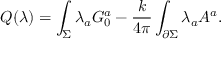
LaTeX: Q ( \lambda ) = \int _ { \Sigma } \lambda _ { a } G _ { 0 } ^ { a } - { \frac { k } { 4 \pi } } \int _ { \partial \Sigma } \lambda _ { a } A ^ { a } .